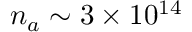
n _ { a } \sim 3 \times 1 0 ^ { 1 4 }